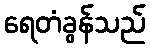
ရေတံခွန်သည်